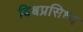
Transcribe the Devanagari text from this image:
विश्वप्रसिध्द